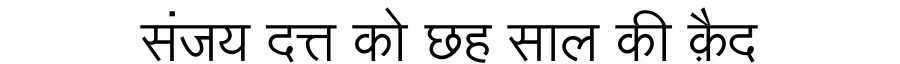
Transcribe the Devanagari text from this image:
संजय दत्त को छह साल की क़ैद